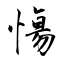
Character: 慯